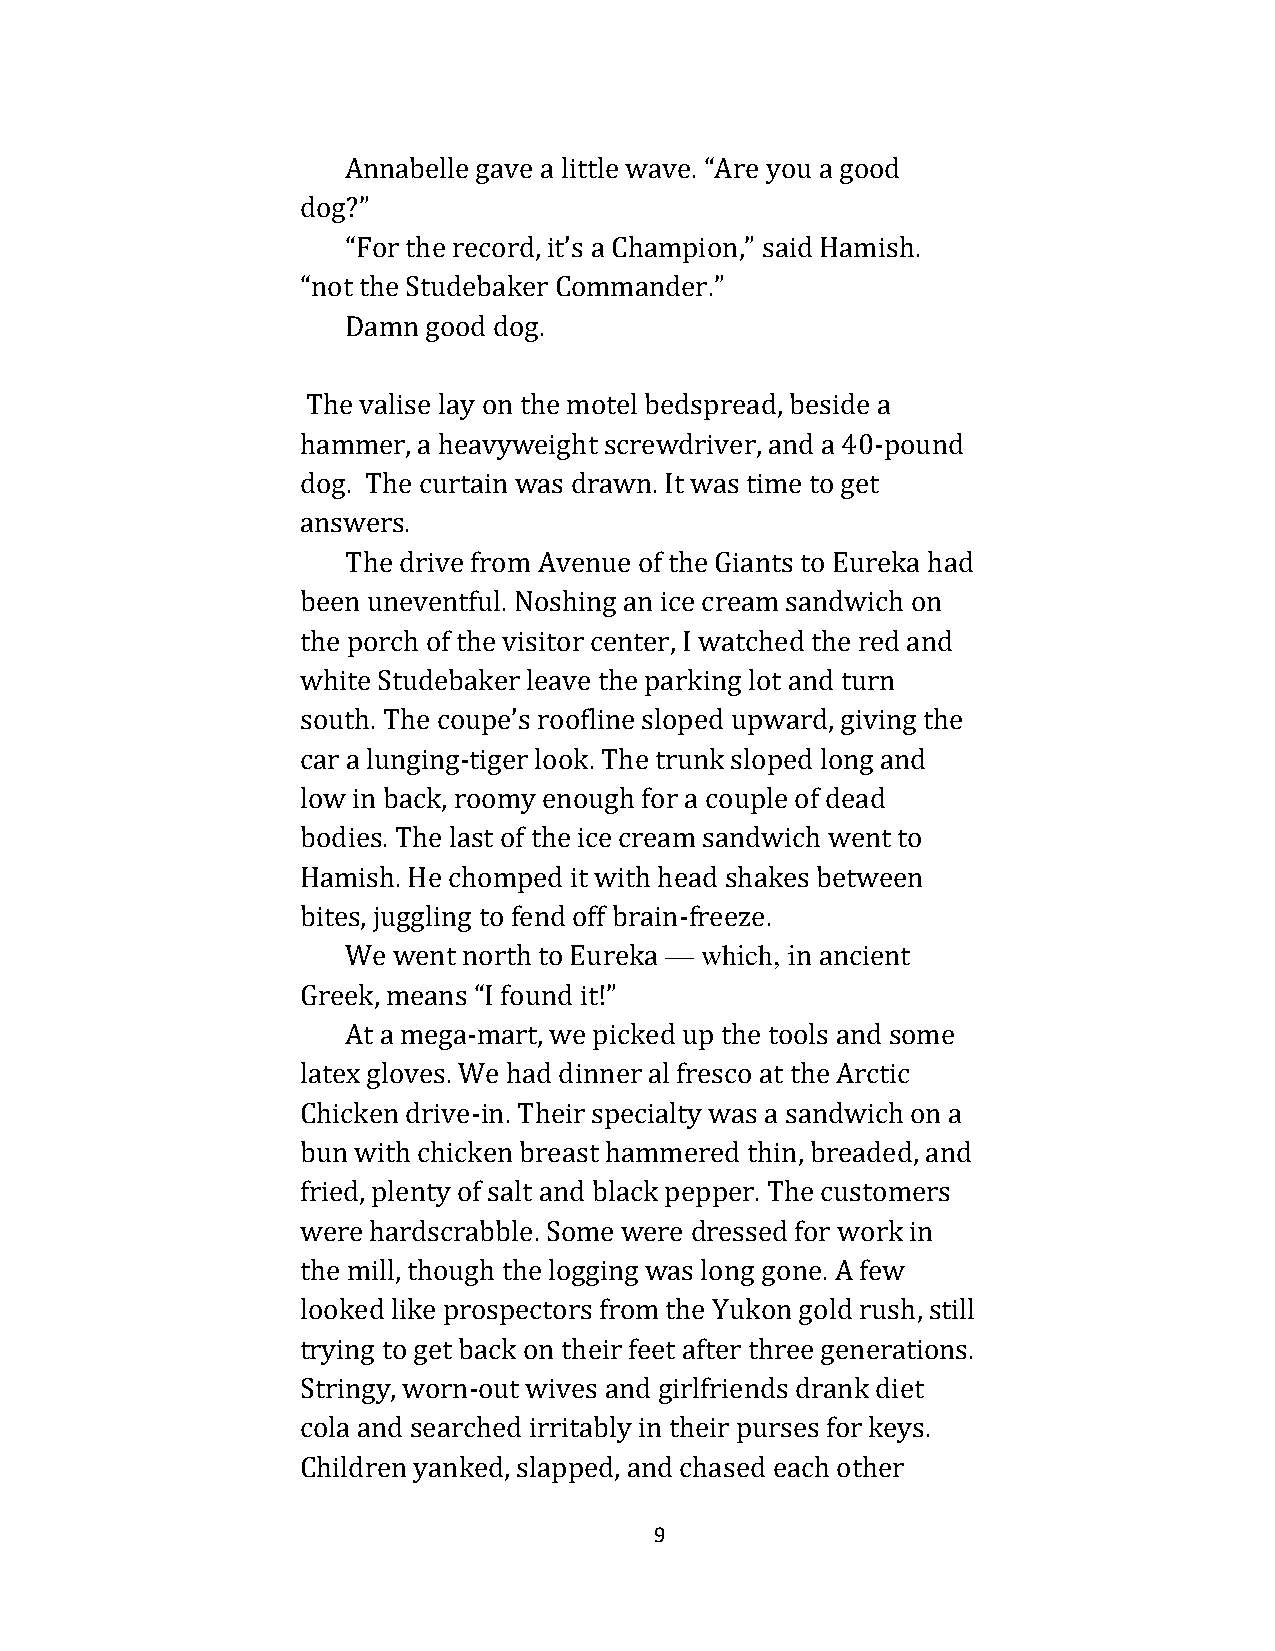
Annabelle gave a little wave. “Are you a good
 dog?”
 “For the record, it’s a Champion,” said Hamish.
 “not the Studebaker Commander.”
 Damn good dog.
 The valise lay on the motel bedspread, beside a
 hammer, a heavyweight screwdriver, and a 40-pound
 dog. The curtain was drawn. It was time to get
 answers.
 The drive from Avenue of the Giants to Eureka had
 been uneventful. Noshing an ice cream sandwich on
 the porch of the visitor center, I watched the red and
 white Studebaker leave the parking lot and turn
 south. The coupe’s roofline sloped upward, giving the
 car a lunging-tiger look. The trunk sloped long and
 low in back, roomy enough for a couple of dead
 bodies. The last of the ice cream sandwich went to
 Hamish. He chomped it with head shakes between
 bites, juggling to fend off brain-freeze.
 We went north to Eureka — which, in ancient
 Greek, means “I found it!”
 At a mega-mart, we picked up the tools and some
 latex gloves. We had dinner al fresco at the Arctic
 Chicken drive-in. Their specialty was a sandwich on a
 bun with chicken breast hammered thin, breaded, and
 fried, plenty of salt and black pepper. The customers
 were hardscrabble. Some were dressed for work in
 the mill, though the logging was long gone. A few
 looked like prospectors from the Yukon gold rush, still
 trying to get back on their feet after three generations.
 Stringy, worn-out wives and girlfriends drank diet
 cola and searched irritably in their purses for keys.
 Children yanked, slapped, and chased each other
 9